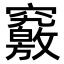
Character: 𥨶